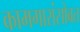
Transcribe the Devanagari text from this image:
कामगारांसोबत